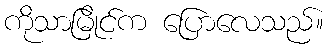
ကိုသာမြိုင်က ပြောလေသည်။